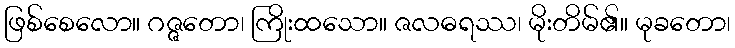
ဖြစ်စေလော။ ဂဇ္ဇတော၊ ကြိုးထသော။ ဇလဓရဿ၊ မိုးတိမ်၏။ မုခတော၊